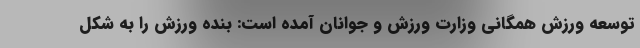
توسعه ورزش همگانی وزارت ورزش و جوانان آمده است: بنده ورزش را به شکل